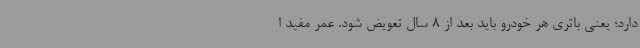
دارد؛ یعنی باتری هر خودرو باید بعد از 8 سال تعویض شود. عمر مفید ا